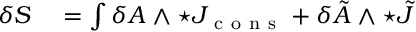
\begin{array} { r l } { \delta S } & { { } = \int \delta A \wedge \star J _ { \mathrm { ~ c ~ o ~ n ~ s ~ } } + \delta \tilde { A } \wedge \star \tilde { J } } \end{array}